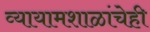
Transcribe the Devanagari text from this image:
व्यायामशाळांचेही